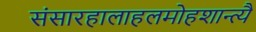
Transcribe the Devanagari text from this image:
संसारहालाहलमोहशान्त्यै